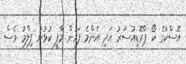
އޮސްކާގެ ކޯ ޕްރޮޑިއުސަރު އަދި އެންމެ ފަހުން މާފީ ކުޅުނު ފިލްމު ވެސް